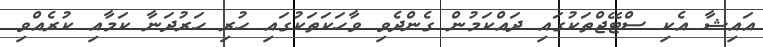
އައިޝާ އެކި ސްޓޭޖްތަކުގައި ދައްކަމުން ގެންދެވި ވާހަކަތަކުގައި ހުރި ހަރުދަނާ ކަމާއި ކުރެއްވި